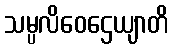
သမ္ပလိဝေဌေယျာတိ